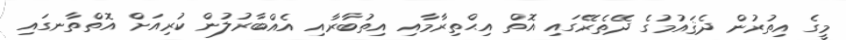
މީގެ އިތުރުން ދެޤައުމުގެ ދޭތެރޭގައި އޮތް އިޙްތިރާމާއި އިތުބާރާއި އެއްބާރުލުން ކުރިއަށް އޮތްތާނގައި